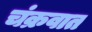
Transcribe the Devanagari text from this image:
चंक्रवात